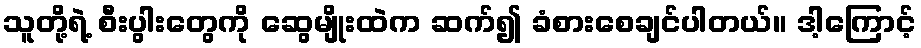
သူတို့ရဲ့ စီးပွါးတွေကို ဆွေမျိုးထဲက ဆက်၍ ခံစားစေချင်ပါတယ်။ ဒါ့ကြောင့်